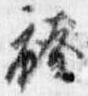
袴